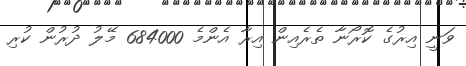
ވަނީ އިރުގެ ކޮރޯނާ ތެރެއިން އިރާ އެންމެ 684000 މޭލު ދުރުން ކުރި